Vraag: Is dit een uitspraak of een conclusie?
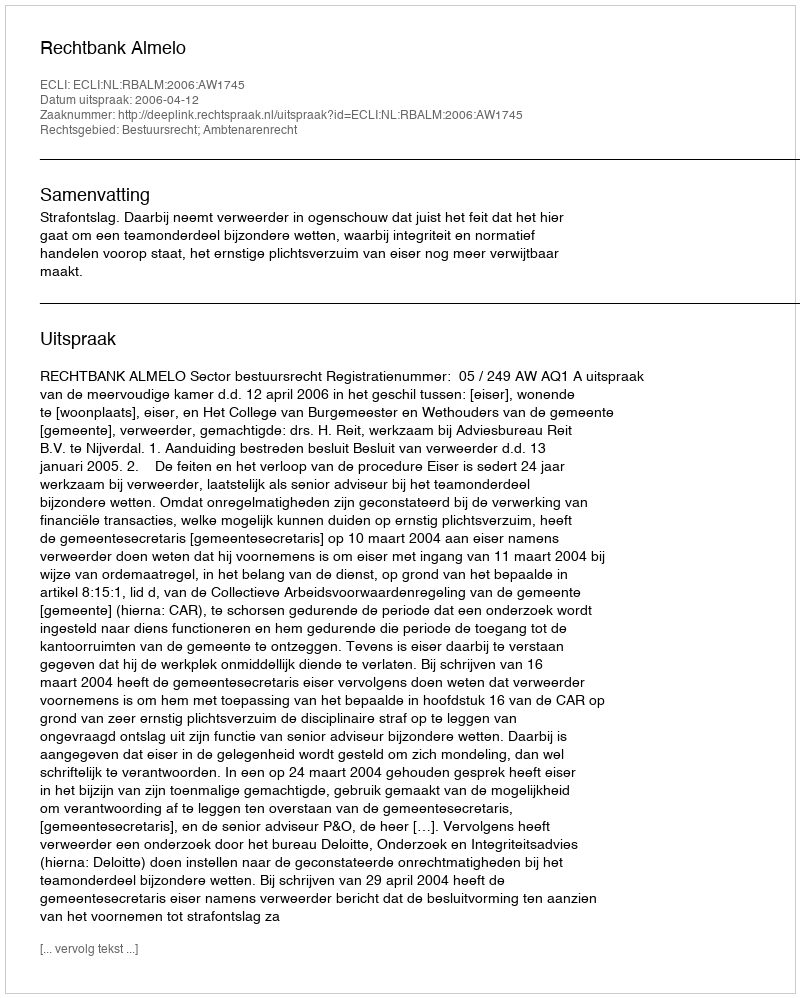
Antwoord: Uitspraak